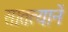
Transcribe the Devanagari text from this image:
सातत्यानें